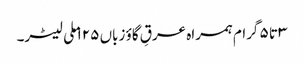
۳ تا ۵ گرام ہمراہ عرقِ گاؤ زباں ۱۲۵ ملی لیٹر۔